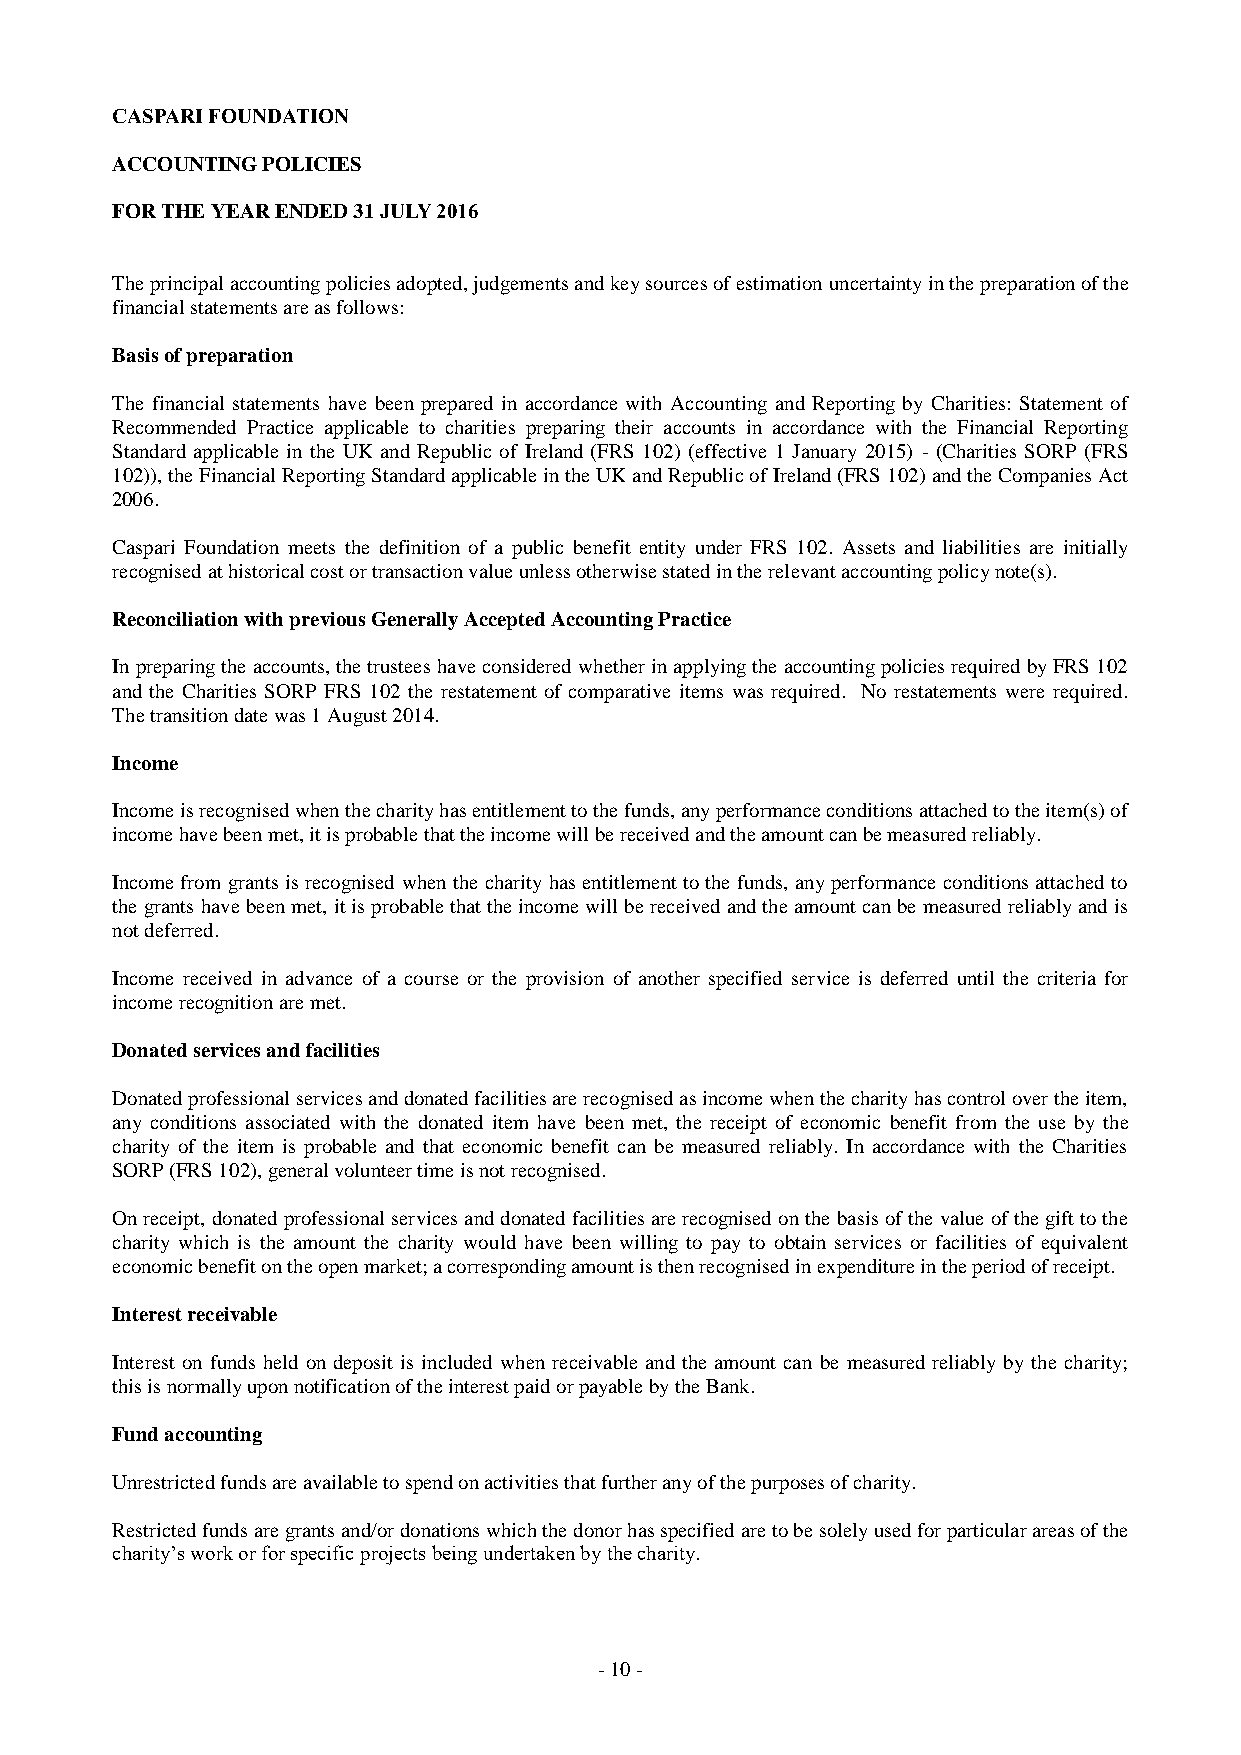
CASPARI FOUNDATION
 ACCOUNTING POLICIES
 FOR THE YEAR ENDED 31 JULY 2016
 The principal accounting policies adopted, judgements and key sources of estimation uncertainty in the preparation of the
 financial statements are as follows:
 Basis of preparation
 The financial statements have been prepared in accordance with Accounting and Reporting by Charities: Statement of
 Recommended Practice applicable to charities preparing their accounts in accordance with the Financial Reporting
 Standard applicable in the UK and Republic of Ireland (FRS 102) (effective 1 January 2015) - (Charities SORP (FRS
 102)), the Financial Reporting Standard applicable in the UK and Republic of Ireland (FRS 102) and the Companies Act
 2006.
 Caspari Foundation meets the definition of a public benefit entity under FRS 102. Assets and liabilities are initially
 recognised at historical cost or transaction value unless otherwise stated in the relevant accounting policy note(s).
 Reconciliation with previous Generally Accepted Accounting Practice
 In preparing the accounts, the trustees have considered whether in applying the accounting policies required by FRS 102
 and the Charities SORP FRS 102 the restatement of comparative items was required. No restatements were required.
 The transition date was 1 August 2014.
 Income
 Income is recognised when the charity has entitlement to the funds, any performance conditions attached to the item(s) of
 income have been met, it is probable that the income will be received and the amount can be measured reliably.
 Income from grants is recognised when the charity has entitlement to the funds, any performance conditions attached to
 the grants have been met, it is probable that the income will be received and the amount can be measured reliably and is
 not deferred.
 Income received in advance of a course or the provision of another specified service is deferred until the criteria for
 income recognition are met.
 Donated services and facilities
 Donated professional services and donated facilities are recognised as income when the charity has control over the item,
 any conditions associated with the donated item have been met, the receipt of economic benefit from the use by the
 charity of the item is probable and that economic benefit can be measured reliably. In accordance with the Charities
 SORP (FRS 102), general volunteer time is not recognised.
 On receipt, donated professional services and donated facilities are recognised on the basis of the value of the gift to the
 charity which is the amount the charity would have been willing to pay to obtain services or facilities of equivalent
 economic benefit on the open market; a corresponding amount is then recognised in expenditure in the period of receipt.
 Interest receivable
 Interest on funds held on deposit is included when receivable and the amount can be measured reliably by the charity;
 this is normally upon notification of the interest paid or payable by the Bank.
 Fund accounting
 Unrestricted funds are available to spend on activities that further any of the purposes of charity.
 Restricted funds are grants and/or donations which the donor has specified are to be solely used for particular areas of the
 charity’s work or for specific projects being undertaken by the charity.
 - 1 0 -